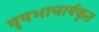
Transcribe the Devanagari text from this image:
वृषभाचार्यकृत